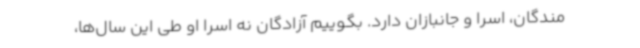
مندگان، اسرا و جانبازان دارد. بگوییم آزادگان نه اسرا او طی این سال‌ها،